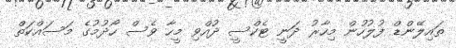
ތައިލޭންޑް ފުލުހުން މިހާރު ދަނީ ޓެކްސީ ދުއްވި މީހާ ވެސް ހޯދުމުގެ މަސައްކަތް